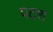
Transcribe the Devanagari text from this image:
पदश